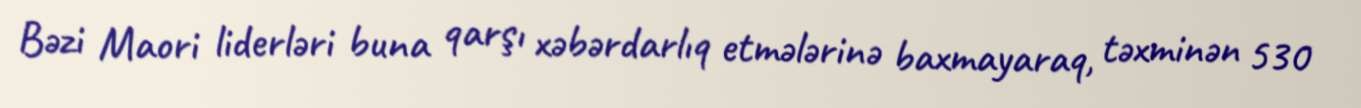
Bəzi Maori liderləri buna qarşı xəbərdarlıq etmələrinə baxmayaraq, təxminən 530